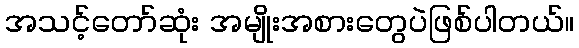
အသင့်တော်ဆုံး အမျိုးအစားတွေပဲဖြစ်ပါတယ်။